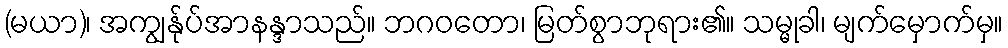
(မယာ)၊ အကျွန်ုပ်အာနန္ဒာသည်။ ဘဂဝတော၊ မြတ်စွာဘုရား၏။ သမ္မုခါ၊ မျက်မှောက်မှ။